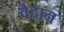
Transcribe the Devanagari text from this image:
वैदान